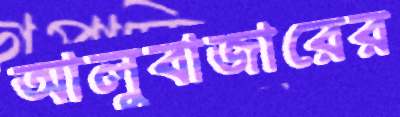
আলুবাজারের